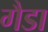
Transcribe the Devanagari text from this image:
गैडा